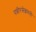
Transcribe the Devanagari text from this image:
पन्नीरसेल्वमनी